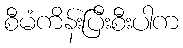
စီမံကိန်းပြီးစီးပါက